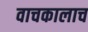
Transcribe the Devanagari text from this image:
वाचकालाच